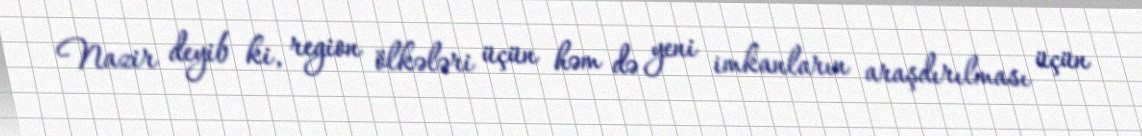
Nazir deyib ki, region ölkələri üçün həm də yeni imkanların araşdırılması üçün